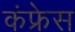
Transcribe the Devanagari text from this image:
कंफ्रेस